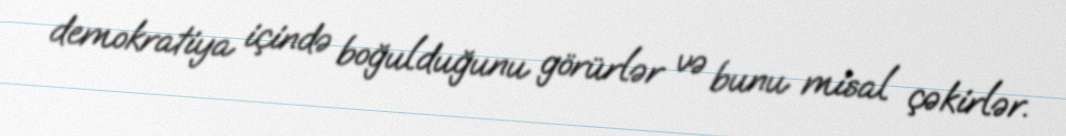
demokratiya içində boğulduğunu görürlər və bunu misal çəkirlər.